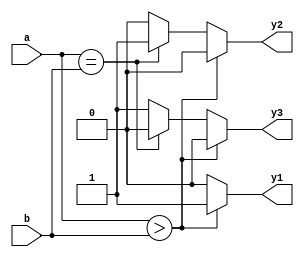
module comp (a,b,y1,y2,y3);
input [3:0]a;
input [3:0]b;
output y1;
output y2;
output y3;
reg y1;
reg y2;
reg y3;
always@(a,b)
	begin 
	if(a>b)
	begin
	y1=1'b1;
	y2=1'b0;
	y3=1'b0;
	end
	else if(a==b)
	begin
	y1=1'b0;
	y2=1'b1;
	y3=1'b0;
	end
	else
	begin
	y1=1'b0;
	y2=1'b0;
	y3=1'b1;
	end
	end
endmodule